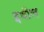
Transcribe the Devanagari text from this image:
इथील